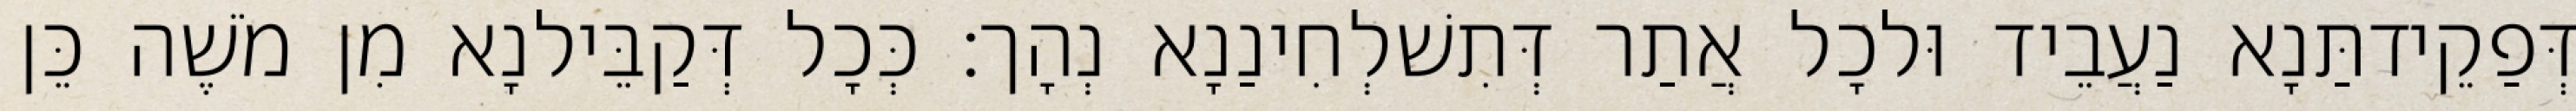
דְּפַקֵידתַּנָא נַעֲבֵיד וּלכָל אֲתַר דְּתִשׁלְחִינַנָא נְהָך׃ כְּכָל דְּקַבֵּילנָא מִן מֹשֶׁה כֵּן